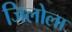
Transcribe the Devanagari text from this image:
जिलोला